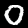
Digit: 0